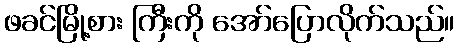
ဖခင်မြို့စား ကြီးကို အော်ပြောလိုက်သည်။